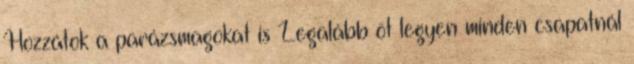
Hozzátok a parázsmagokat is Legalább öt legyen minden csapatnál